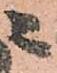
ニ